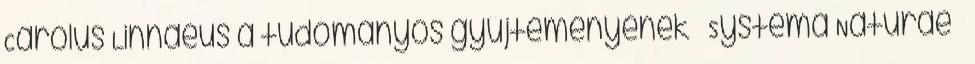
Carolus Linnaeus a tudományos gyűjteményének – Systema Naturae –